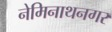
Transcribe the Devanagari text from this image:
नेमिनाथनगर